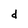
Character: d